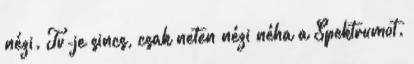
nézi. Tv-je sincs, csak neten nézi néha a Spektrumot.